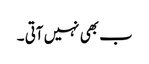
ب بھی نہیں آتی ۔